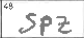
Transcription: SPZ